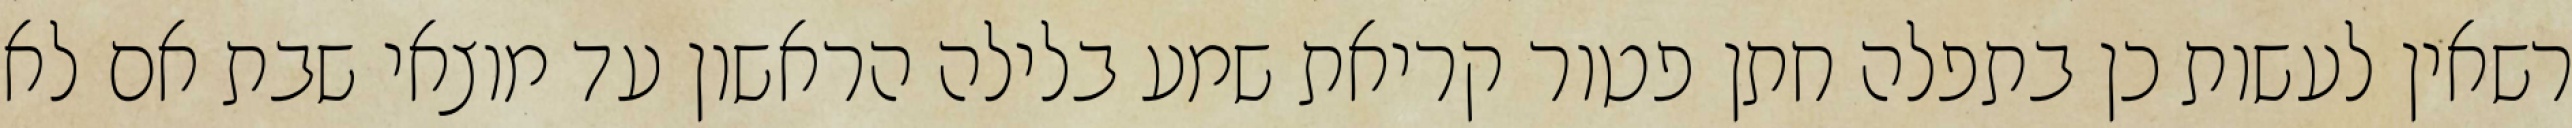
רשאין לעשות כן בתפלה חתן פטור קריאת שמע בלילה הראשון עד מוצאי שבת אם לא